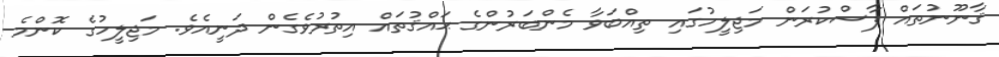
ޤާނޫނުތައް ފާސްކުރަން މަޖިލީހުގައި ތިއްބަވާ މެންބަރުންގެ ޙައްޤުތައް އިތުރުވެގެން ދަނީއެވެ. މަޖިލީހުގެ ކޮންމެ